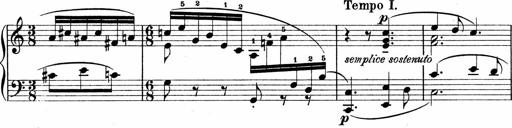
Title: Sonatina No.1
Composer: Otto Stoll
Key: C major